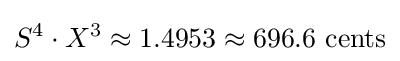
S^{4}\cdot X^{3}\approx 1.4953\approx 696.6{\text{ cents}}